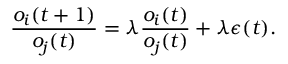
\frac { o _ { i } ( t + 1 ) } { o _ { j } ( t ) } = \lambda \frac { o _ { i } ( t ) } { o _ { j } ( t ) } + \lambda \epsilon ( t ) .